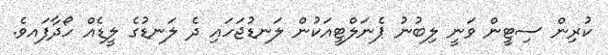
ކުރިން ސިޓީން ވަނީ ލިބުނު ޕެނަލްޓީއަކުން ލަނޑުޖަހައި ދެ ލަނޑުގެ ލީޑެއް ހޯދާފައވެ.